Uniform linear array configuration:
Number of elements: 32
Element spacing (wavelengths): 0.25
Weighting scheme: hann
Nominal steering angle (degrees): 15
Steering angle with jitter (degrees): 16.727
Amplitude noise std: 0.05
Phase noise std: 0.05

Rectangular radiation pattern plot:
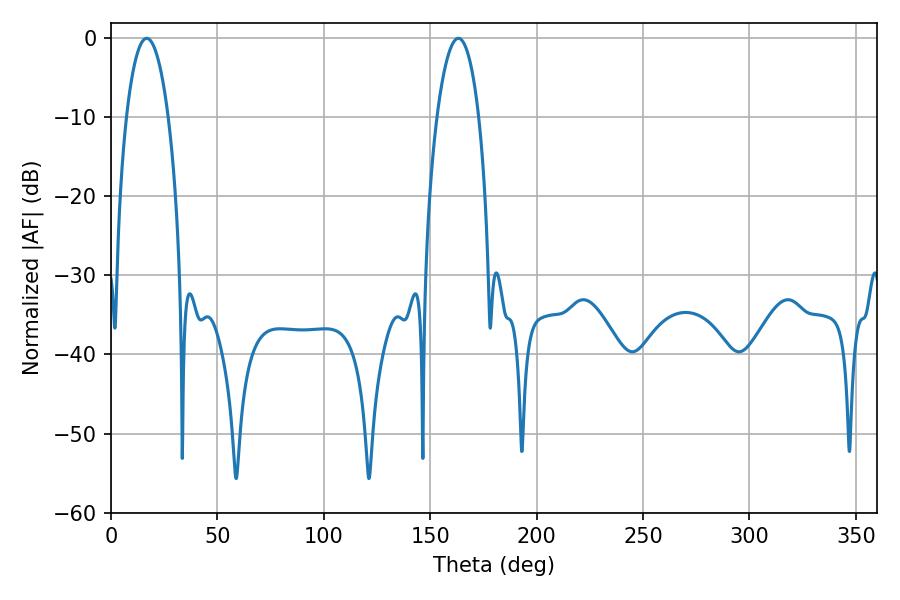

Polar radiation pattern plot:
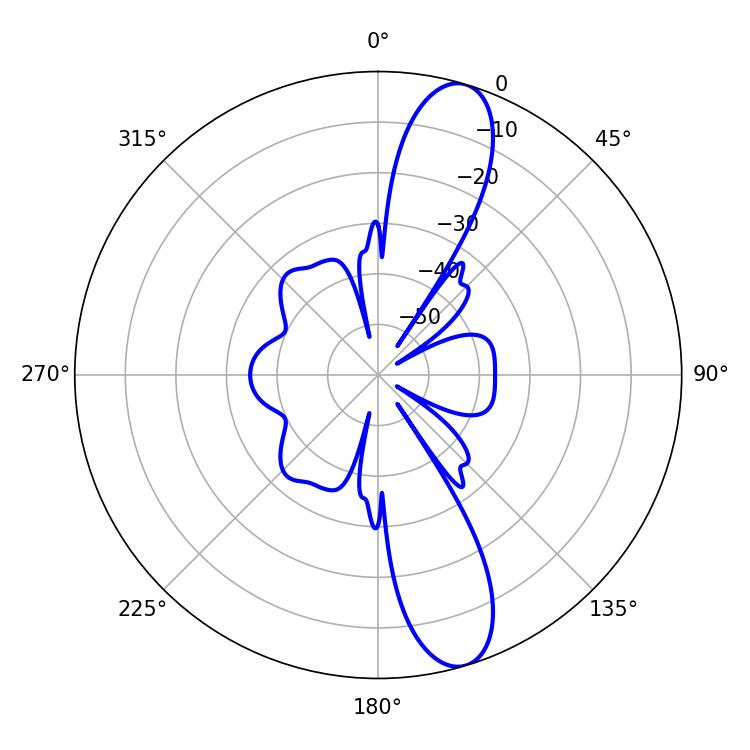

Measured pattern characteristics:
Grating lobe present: FALSE
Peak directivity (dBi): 12.285
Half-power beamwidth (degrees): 10.98
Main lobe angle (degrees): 16.74